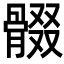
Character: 𩩟